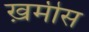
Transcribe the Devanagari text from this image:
ख़मीस